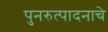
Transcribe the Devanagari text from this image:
पुनरुत्पादनाचे